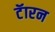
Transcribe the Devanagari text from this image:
टॅारन